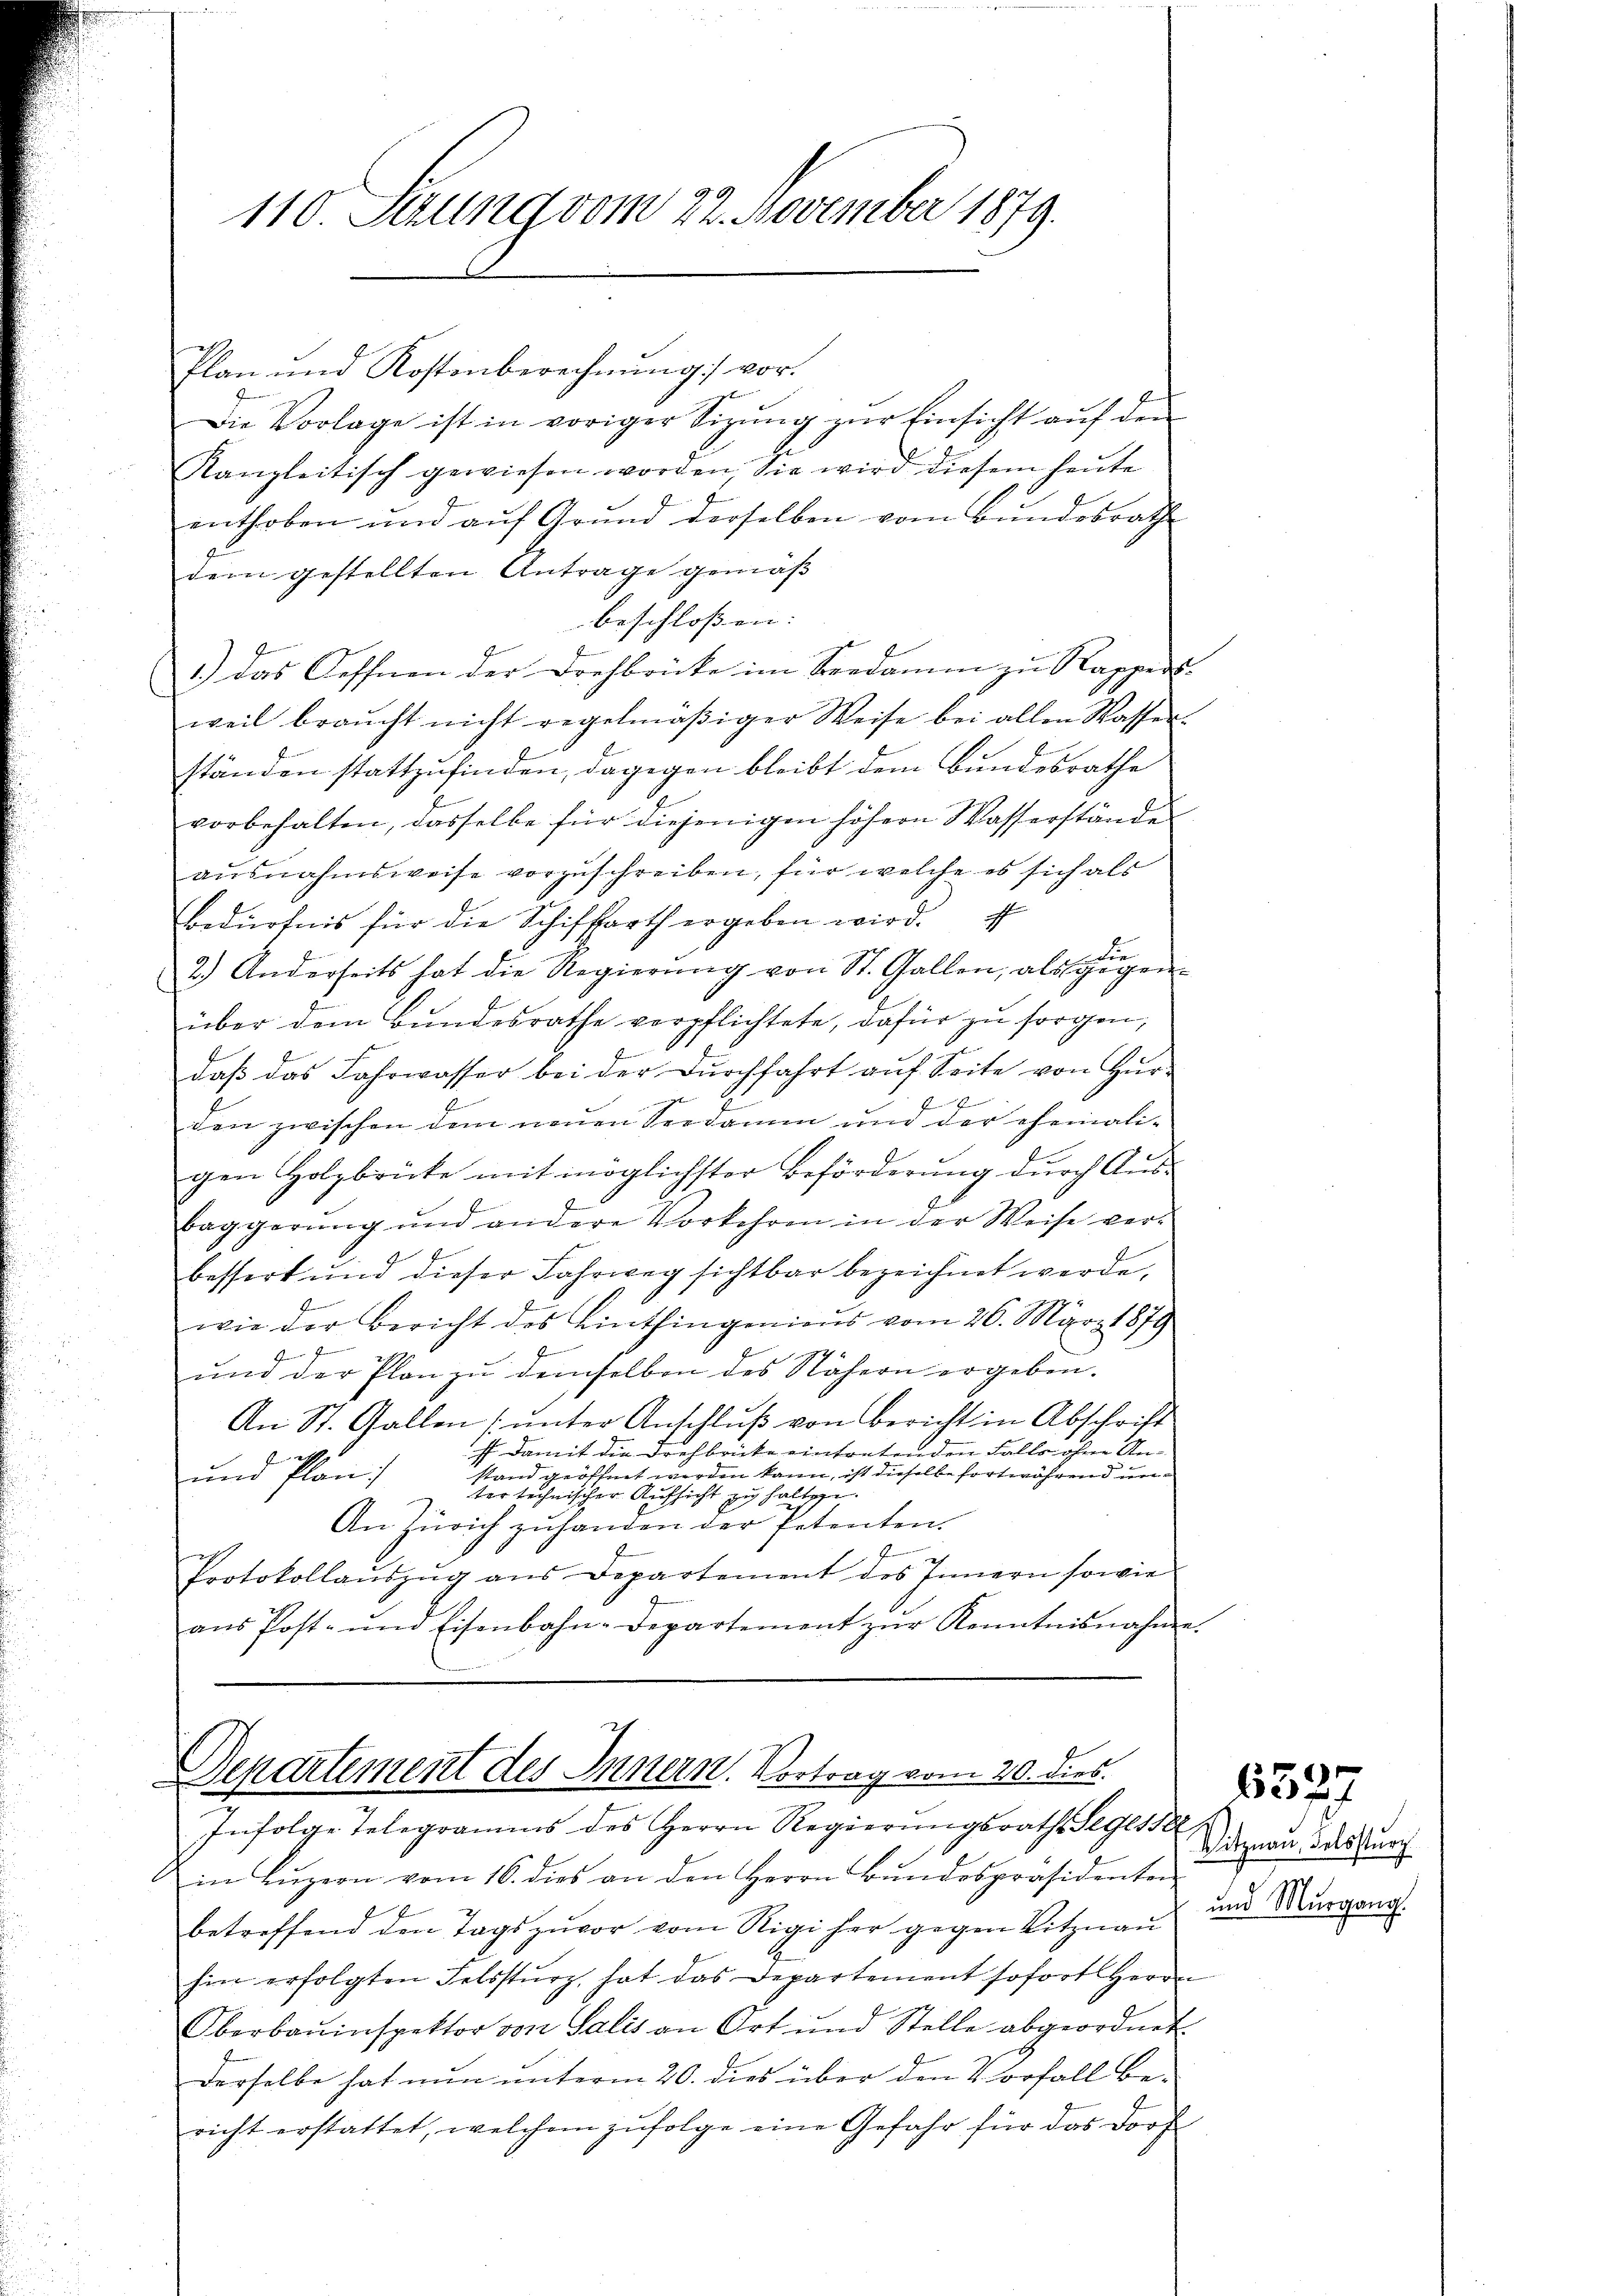
Plan und Kostenberechnŭng vor.
Die Vorlage ist in voriger Sitzŭng zŭr Einsicht aŭf den
Kangleitisch gewiesen worden, Sie wird diesem heute
enthoben und aŭf Grund derselben vom Bundesrathe
dem gestellten Antrage gemäß
beschlossen: |
1.) Das Oeffnen der Drehbrücke im Seedamm zu Rapper
weil braŭcht nicht regelmäβiger Weise bei allen Wasser-
ständen stattzufinden, dagegen bleibt dem Bundesrathe
vorbehalten, dasselbe für diejenigen höhern Wasserstände
ausnahmsweise vorzuschreiben, für welche es sich als
Bedürfnis für die Schiffarth ergeben wird.
die
2.) Anderseits hat die Regierŭng von St. Gallen, als gegen-
über dem Bŭndesrathe verpflichtete, dafür zŭ sorgen,
nach in
daß das Jahrwasser bei der Dŭrchfahrt aŭf Seite von Hür-
den zwischen dem neuen Seedamm und der ehemaligen Holzbrücke mit möglichster Beförderŭng dŭrch Aŭs-
Baggerung und andere Vorkehren in der Weise verbessert und dieser Fahrweg sichtbar bezeichnet werde,
wie der Bericht des Linthingenieus vom 26. März 1879
und der Plan zu demselben des Nähern ergeben.
An St. Gallen (unter Anschlŭβ von Bericht in Abschrift
 damit die Drehbrücke eintretenden Falls ohne Anstand geöffnet werden kann, ist dieselbe fortwährend un¬
und Plan,
ter technischer Aufsicht zu halt
An Zürich zuhanden der Petenten.
f
Protokollaŭszŭg ans Departement des Innern sowie
aŭs Post- und Eisenbahn-Departement zŭr Kenntnisnahme.

110. Setzung vom 22. November 1879.

Departement des Innern. Vortrag vom 20. dies
Infolge Telegramms des Herrn Regierŭngsrath Segesse

in Lŭzern vom 16. dies an den Herrn Bŭndespräsidenten
betreffend den Tags zuvor vom Rigi her gegen Vitznau
hin erfolgten Felsstŭrz, hat das Departement sofort Herrn
Oberbauinspektor von Salis an Ort und Stelle abgeordnet.
Derselbe hat nun unterm 20. dies über den Vorfall be-
richt erstattet, welchem zŭfolge eine Gefahr für das Dorf

Vitznau, Felssturz
und Murgang.

6327